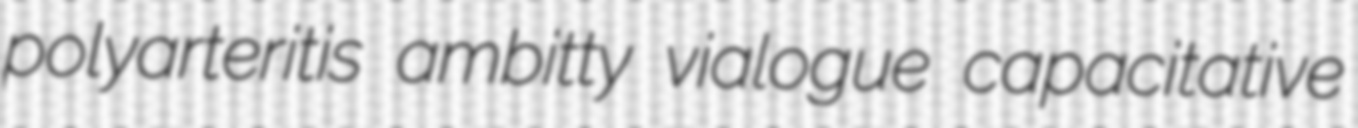
polyarteritis ambitty vialogue capacitative